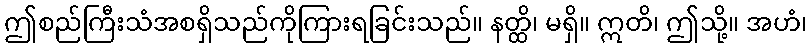
ဤစည်ကြီးသံအစရှိသည်ကိုကြားရခြင်းသည်။ နတ္ထိ၊ မရှိ။ ဣတိ၊ ဤသို့။ အဟံ၊